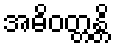
အဓိဝတ္တန္တိ